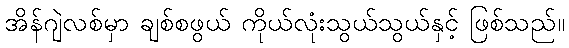
အိန်ဂျဲလစ်မှာ ချစ်စဖွယ် ကိုယ်လုံးသွယ်သွယ်နှင့် ဖြစ်သည်။